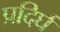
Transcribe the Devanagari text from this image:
प्रदिर्घ